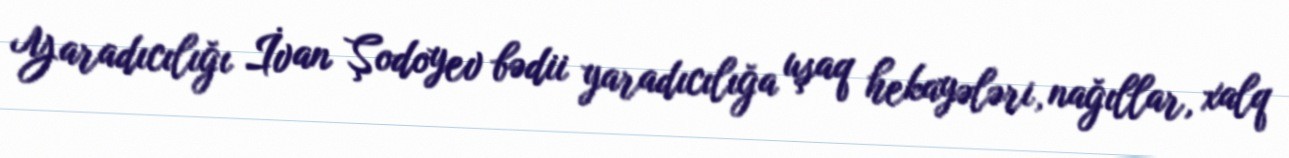
Yaradıcılığı İvan Şodoyev bədii yaradıcılığa uşaq hekayələri, nağıllar, xalq